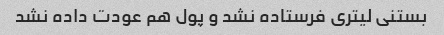
بستنی لیتری فرستاده نشد و پول هم عودت داده نشد